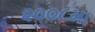
૨૦૦૮મા